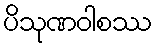
ပိသုဏဝါစဿ